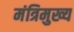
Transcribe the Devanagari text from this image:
मंत्रिमुख्य